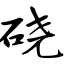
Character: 硗